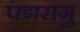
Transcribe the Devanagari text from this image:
पद्मराजु